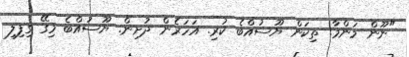
"ނޫން މަންމާ! ތިކަން ޔޫސުއްބެ ކުރި. އަހަރެން ދުށިން. ޔޫސުއްބެ މިގޭ ގިފިލި